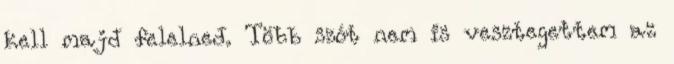
kell majd felelned. Több szót nem is vesztegettem az